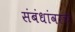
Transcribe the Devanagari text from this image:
संबंधांवरचे